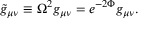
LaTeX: { \tilde { g } } _ { \mu \nu } \equiv \Omega ^ { 2 } g _ { \mu \nu } = e ^ { - 2 \Phi } g _ { \mu \nu } .